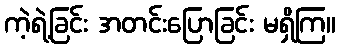
ကဲ့ရဲ့ခြင်း အတင်းပြောခြင်း မရှိကြ။